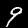
Label: 9